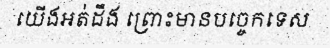
យើងអត់ដឹង ព្រោះមានបច្ចេកទេស